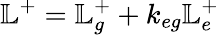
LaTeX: \mathbb{L}^{+}=\mathbb{L}_{g}^{+}+k_{eg}\mathbb{L}_{e}^{+}